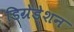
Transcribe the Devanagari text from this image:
डिग्रेडेशन